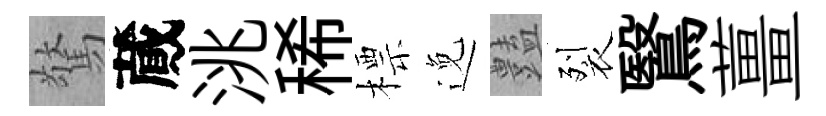
驚蕆洮稀標𨓜𧰟裂鷖薑